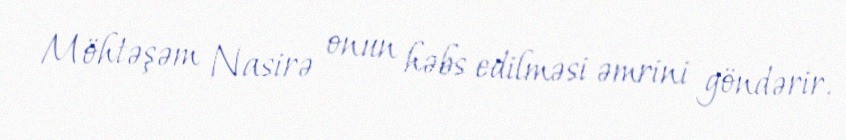
Möhtəşəm Nasirə onun həbs edilməsi əmrini göndərir.